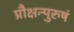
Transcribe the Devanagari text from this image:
प्रौक्षन्पुरुषं